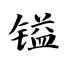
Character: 镒